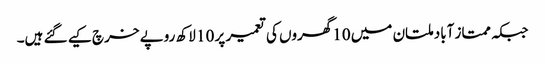
جبکہ ممتاز آباد ملتان میں 10گھروں کی تعمیر پر 10 لاکھ روپے خرچ کیے گئے ہیں۔